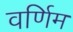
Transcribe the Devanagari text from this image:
वर्णिम